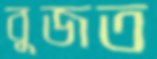
বুজত